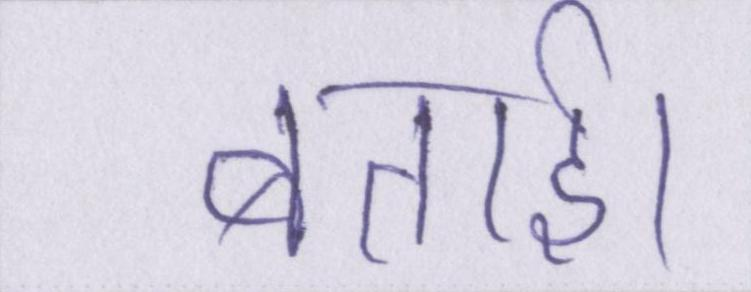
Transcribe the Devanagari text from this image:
बताई।